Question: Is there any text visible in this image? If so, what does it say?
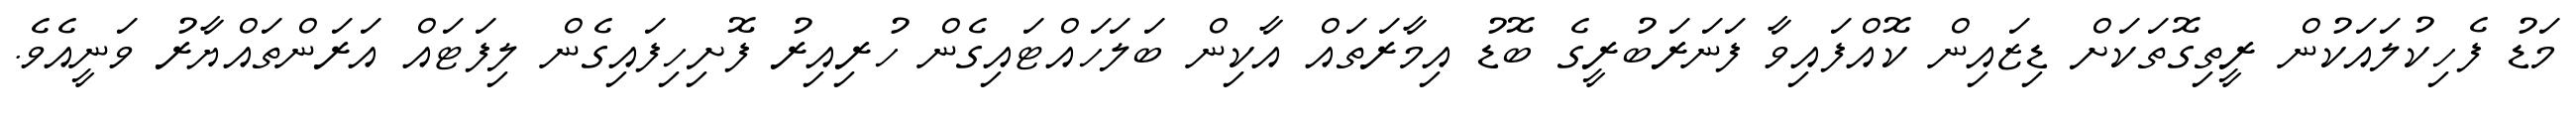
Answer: މަޑު ފެހިކުލައަކުން ރީތިގޮތަކަށް ޑިޒައިން ކޮއްފައިވާ ފަނަރަބުރީގެ ބޮޑު އިމާރަތައް އާކިން ބަލަހައްޓައިގެން ހުރިއިރު ފޮށިހިފައިގެން ލިފަޓައް އަރަންތައްޔާރު ވަނީއެވެ.